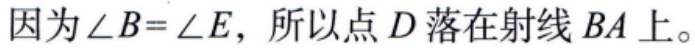
因为\(\angle B = \angle E\)，所以点\(D\)落在射线\(BA\)上。